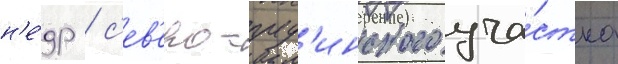
н'е́др / с'ев'еро-пуд'инского уча́стка